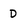
Character: D